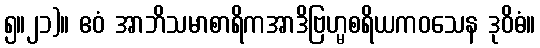
၅။၂၁)။ ဧဝံ အာဘိသမာစာရိကအာဒိဗြဟ္မစရိယကဝသေန ဒုဝိဓံ။